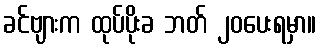
ခင်ဗျားက ထုပ်ပိုးခ ဘတ် ၂၀ပေးရမှာ။